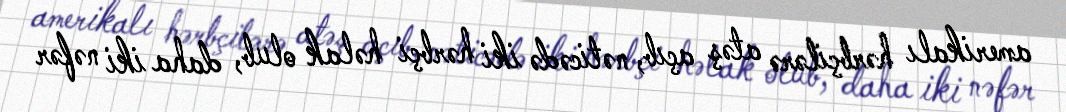
amerikalı hərbçilərə atəş açıb, nəticədə iki hərbçi həlak olub, daha iki nəfər